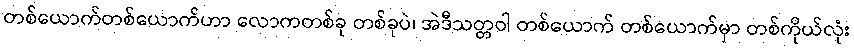
တစ်ယောက်တစ်ယောက်ဟာ လောကတစ်ခု တစ်ခုပဲ၊ အဲဒီသတ္တဝါ တစ်ယောက် တစ်ယောက်မှာ တစ်ကိုယ်လုံး